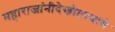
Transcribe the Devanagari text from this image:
महाराजांनीदेखीलत्यांचे